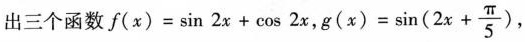
出三个函数$$f(x)=\sin 2x+\cos 2x$$, $$g(x)= \sin(2x+ \frac{\pi}{5})$$ ，